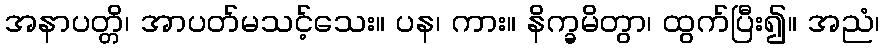
အနာပတ္တိ၊ အာပတ်မသင့်သေး။ ပန၊ ကား။ နိက္ခမိတွာ၊ ထွက်ပြီး၍။ အညံ၊